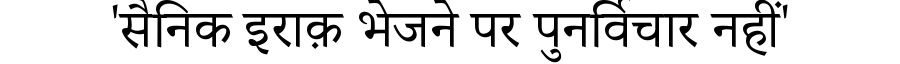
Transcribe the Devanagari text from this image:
'सैनिक इराक़ भेजने पर पुनर्विचार नहीं'